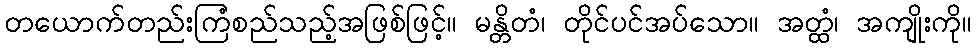
တယောက်တည်းကြံစည်သည့်အဖြစ်ဖြင့်။ မန္တိတံ၊ တိုင်ပင်အပ်သော။ အတ္ထံ၊ အကျိုးကို။